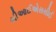
સીઆઈએસસીઈ